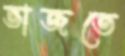
ভাজতে